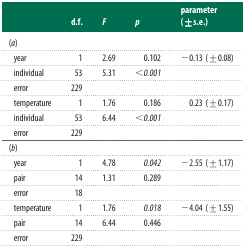
<table><thead><tr><td></td><td><b>d.f.</b></td><td><b><i>F</i></b></td><td><b><i>p</i></b></td><td><b>parameter (±s.e.)</b></td></tr></thead><tbody><tr><td colspan="5">(<i>a</i>)</td></tr><tr><td> year</td><td>1</td><td>2.69</td><td>0.102</td><td>−0.13 (±0.08)</td></tr><tr><td> individual</td><td>53</td><td>5.31</td><td>&lt;<i>0.001</i></td><td></td></tr><tr><td> error</td><td>229</td><td></td><td></td><td></td></tr><tr><td> temperature</td><td>1</td><td>1.76</td><td>0.186</td><td>0.23 (±0.17)</td></tr><tr><td> individual</td><td>53</td><td>6.44</td><td>&lt;<i>0.001</i></td><td></td></tr><tr><td> error</td><td>229</td><td></td><td></td><td></td></tr><tr><td colspan="5">(<i>b</i>)</td></tr><tr><td> year</td><td>1</td><td>4.78</td><td><i>0.042</i></td><td>−2.55 (±1.17)</td></tr><tr><td> pair</td><td>14</td><td>1.31</td><td>0.289</td><td></td></tr><tr><td> error</td><td>18</td><td></td><td></td><td></td></tr><tr><td> temperature</td><td>1</td><td>1.76</td><td><i>0.018</i></td><td>−4.04 (±1.55)</td></tr><tr><td> pair</td><td>14</td><td>6.44</td><td>0.446</td><td></td></tr><tr><td> error</td><td>229</td><td></td><td></td><td></td></tr></tbody></table>